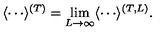
\langle \cdots \rangle ^ { ( T ) } = \lim _ { L \to \infty } \langle \cdots \rangle ^ { ( T , L ) } .